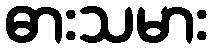
ဓားသမား